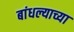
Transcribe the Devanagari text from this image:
बांधल्याच्या